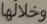
وخلالها